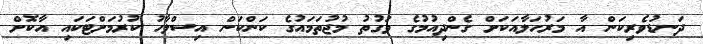
ދަނޑުވެރިކަން އާ މަރުހަލާއަކަށް ގެންދިއުމުގެ ވަގުތު މުޖުތަމައުގެ ކަންކަން އިސްލާހު ކުރުމަށްޓަކައި އާކޮށް